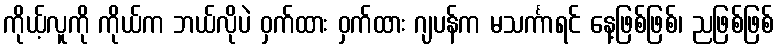
ကိုယ့်လူကို ကိုယ်က ဘယ်လိုပဲ ဝှက်ထား ဝှက်ထား ဂျပန်က မသင်္ကာရင် နေ့ဖြစ်ဖြစ်၊ ညဖြစ်ဖြစ်